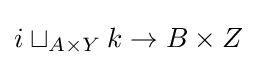
i\sqcup _{A\times Y}k\to B\times Z